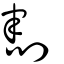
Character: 割